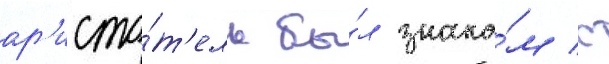
ар'исто́т'ель бы́л знако́м с